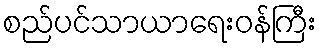
စည်ပင်သာယာရေးဝန်ကြီး